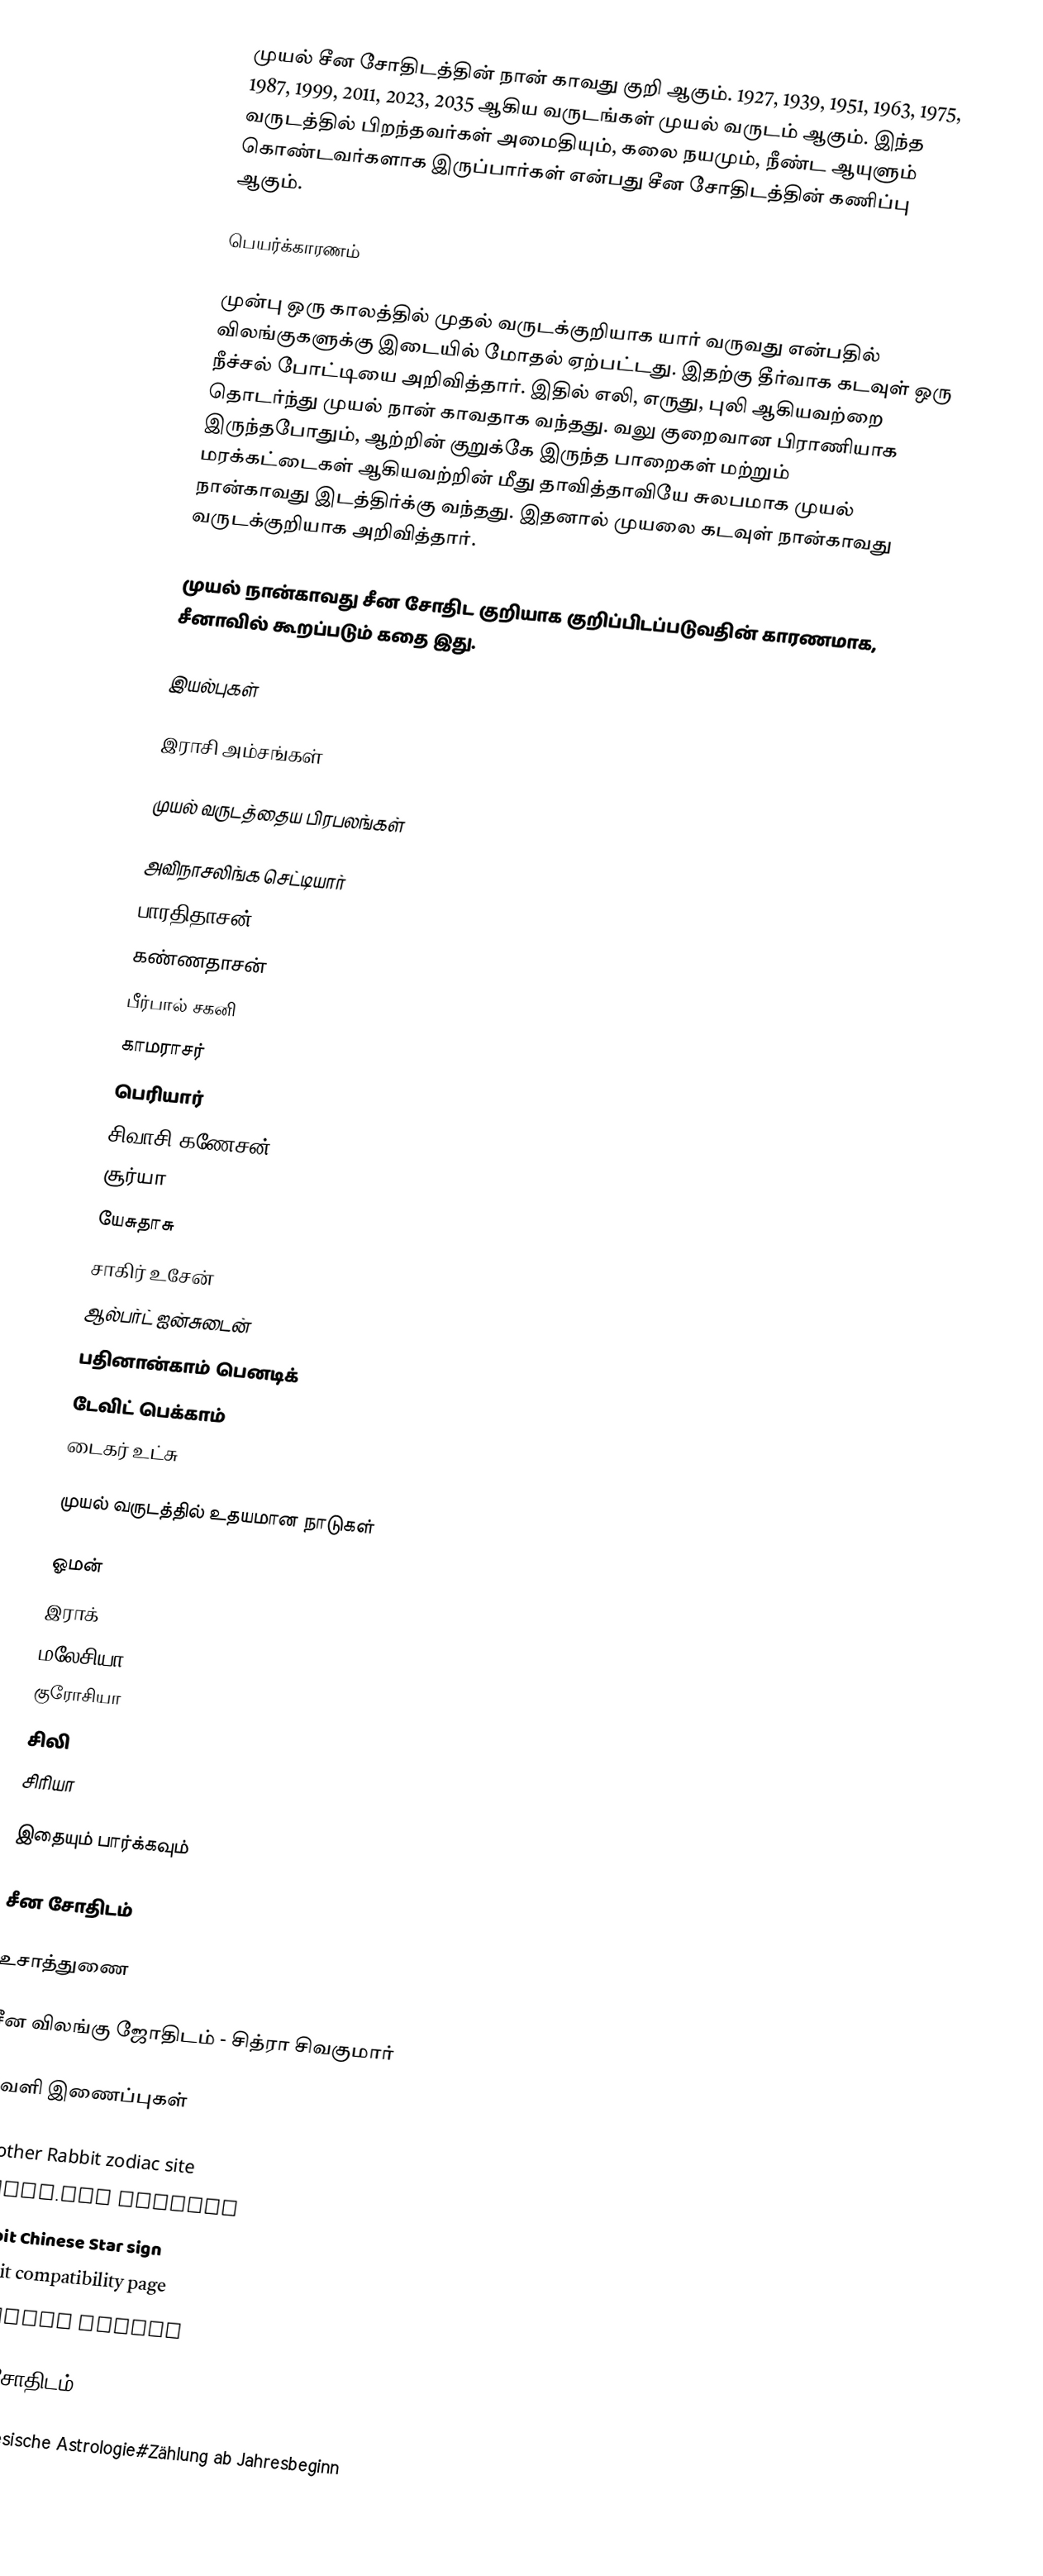
முயல் சீன சோதிடத்தின் நான் காவது குறி ஆகும். 1927, 1939, 1951, 1963, 1975, 1987, 1999, 2011, 2023, 2035 ஆகிய வருடங்கள் முயல் வருடம் ஆகும். இந்த வருடத்தில் பிறந்தவர்கள் அமைதியும், கலை நயமும், நீண்ட ஆயுளும் கொண்டவர்களாக இருப்பார்கள் என்பது சீன சோதிடத்தின் கணிப்பு ஆகும்.

பெயர்க்காரணம்

முன்பு ஒரு காலத்தில் முதல் வருடக்குறியாக யார் வருவது என்பதில் விலங்குகளுக்கு இடையில் மோதல் ஏற்பட்டது. இதற்கு தீர்வாக கடவுள் ஒரு நீச்சல் போட்டியை அறிவித்தார். இதில் எலி, எருது, புலி ஆகியவற்றை தொடர்ந்து முயல் நான் காவதாக வந்தது. வலு குறைவான பிராணியாக இருந்தபோதும், ஆற்றின் குறுக்கே இருந்த பாறைகள் மற்றும் மரக்கட்டைகள் ஆகியவற்றின் மீது தாவித்தாவியே சுலபமாக முயல் நான்காவது இடத்திர்க்கு வந்தது. இதனால் முயலை கடவுள் நான்காவது வருடக்குறியாக அறிவித்தார்.

முயல் நான்காவது சீன சோதிட குறியாக குறிப்பிடப்படுவதின் காரணமாக, சீனாவில் கூறப்படும் கதை இது.

இயல்புகள்

இராசி அம்சங்கள்

முயல் வருடத்தைய பிரபலங்கள்

 அவிநாசலிங்க செட்டியார்
 பாரதிதாசன்
 கண்ணதாசன்
 பீர்பால் சகனி
 காமராசர்
 பெரியார்
 சிவாசி கணேசன்
 சூர்யா
 யேசுதாசு
 சாகிர் உசேன்
 ஆல்பர்ட் ஐன்சுடைன்
 பதினான்காம் பெனடிக்
 டேவிட் பெக்காம்
 டைகர் உட்சு

முயல் வருடத்தில் உதயமான நாடுகள்

 ஓமன்
 இராக்
 மலேசியா
 குரோசியா
 சிலி
 சிரியா

இதையும் பார்க்கவும்

 சீன சோதிடம்

உசாத்துணை

 சீன விலங்கு ஜோதிடம் - சித்ரா சிவகுமார்

வெளி இணைப்புகள்

 Another Rabbit zodiac site
 Tarot.com profile
 Rabbit Chinese Star sign
 Rabbit compatibility page
 Chinese Zodiac

சீன சோதிடம்

de:Chinesische Astrologie#Zählung ab Jahresbeginn